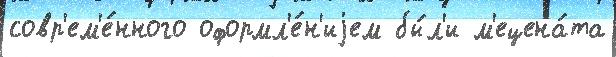
совр'ем'е́нного оформл'е́н'иjем бы́л'и м'ецена́та